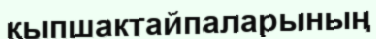
қыпшактайпаларының